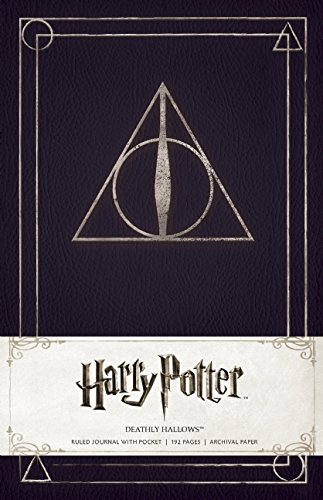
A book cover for Harry Potter Deathly Hallows Hardcover Ruled Journal; Insight Editions; Arts & Photography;